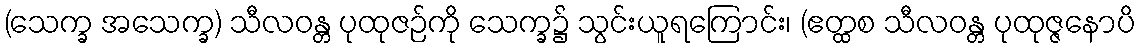
(သေက္ခ အသေက္ခ) သီလဝန္တ ပုထုဇဉ်ကို သေက္ခ၌ သွင်းယူရကြောင်း၊ (ဧတ္ထစ သီလဝန္တ ပုထုဇ္ဇနောပိ